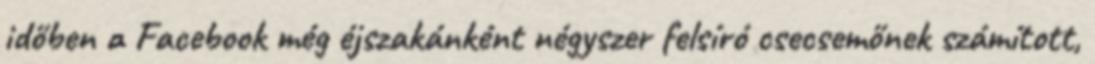
időben a Facebook még éjszakánként négyszer felsíró csecsemőnek számított,